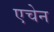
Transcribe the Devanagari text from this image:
एचेन